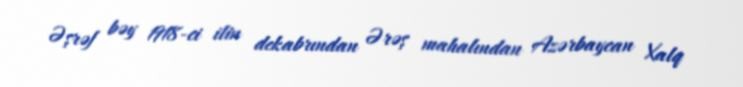
Əşrəf bəy 1918-ci ilin dekabrından Ərəş mahalından Azərbaycan Xalq